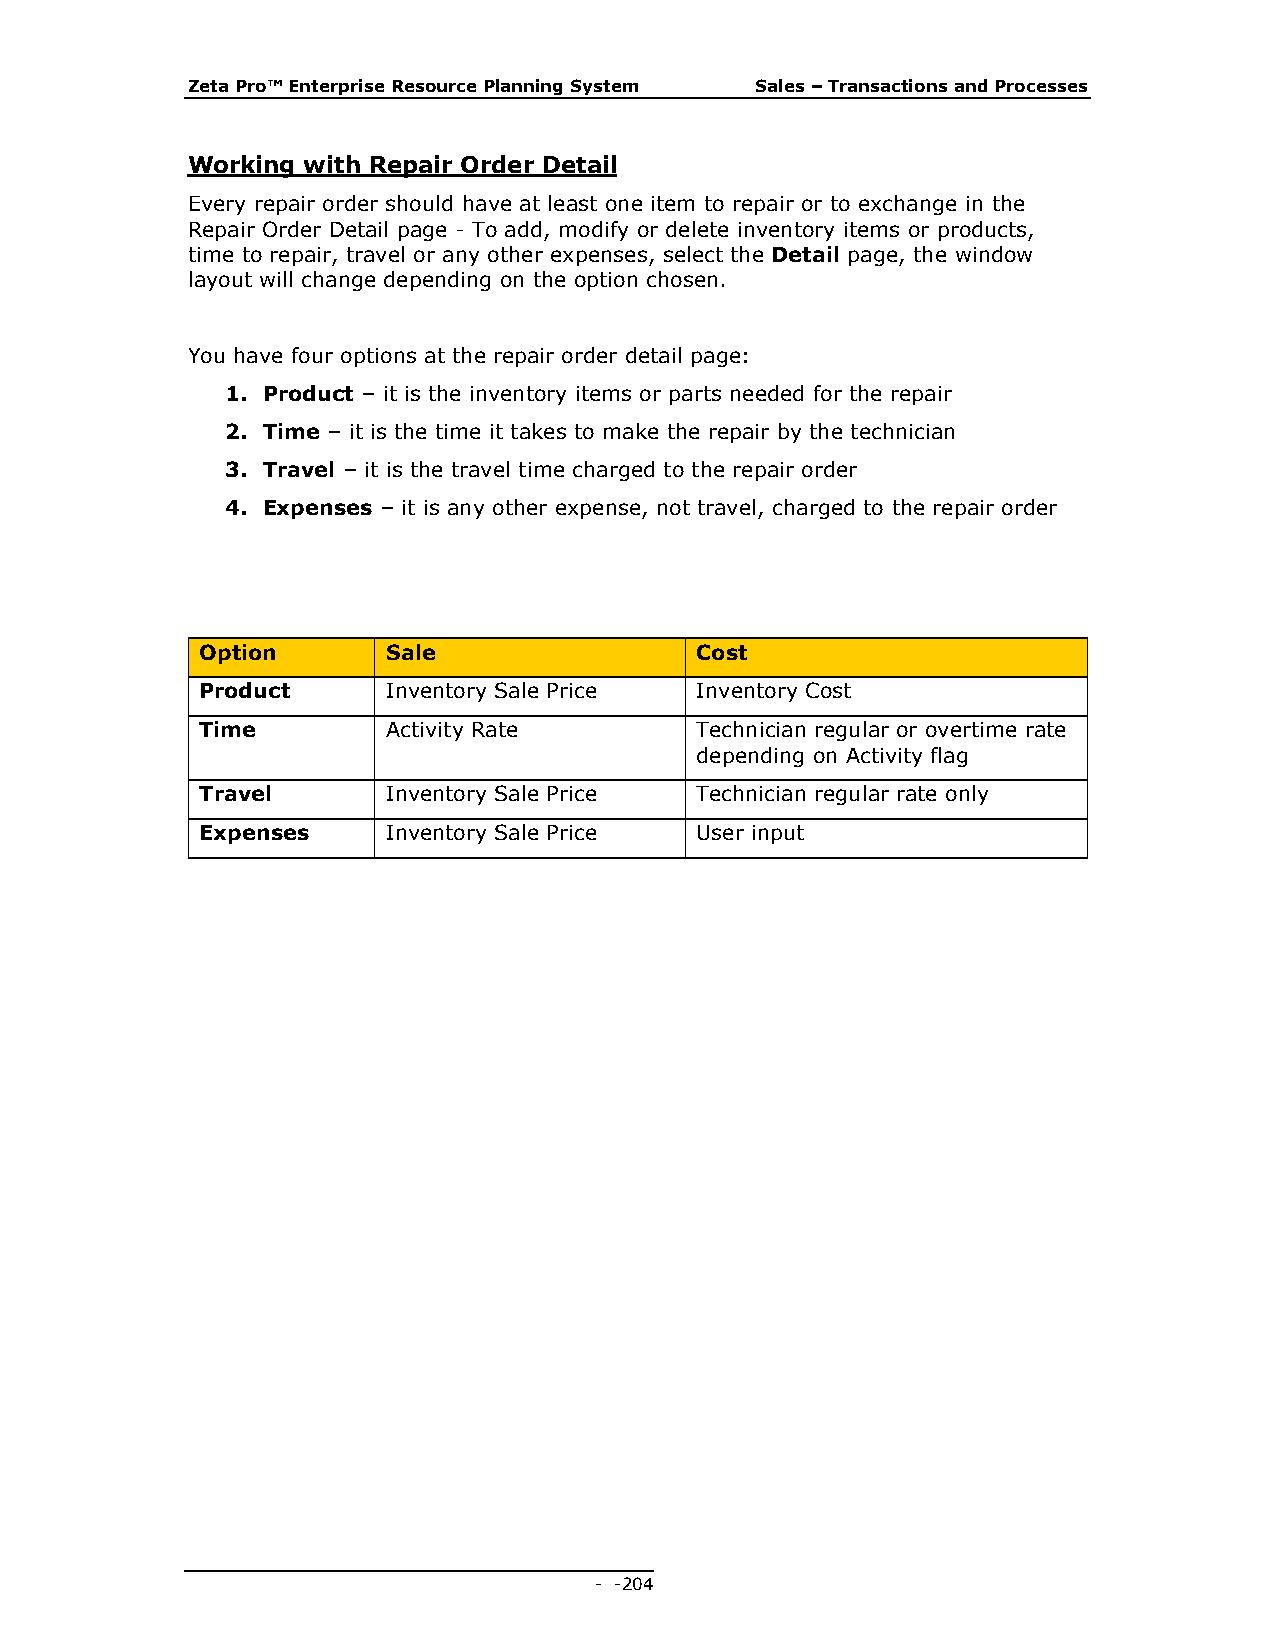
Zeta Pro™ Enterprise Resource Planning System Sales – Transactions and Processes
 Working with Repair Order Detail
 Every repair order should have at least one item to repair or to exchange in the
 Repair Order Detail page - To add, modify or delete inventory items or products,
 time to repair, travel or any other expenses, select the Detail page, the window
 layout will change depending on the option chosen.
 You have four options at the repair order detail page:
 1. Product – it is the inventory items or parts needed for the repair
 2. Time – it is the time it takes to make the repair by the technician
 3. Travel – it is the travel time charged to the repair order
 4. Expenses – it is any other expense, not travel, charged to the repair order
 Option       Sale                Cost
 Product      Inventory Sale Price Inventory Cost
 Time         Activity Rate       Technician regular or overtime rate
 depending on Activity flag
 Travel       Inventory Sale Price Technician regular rate only
 Expenses     Inventory Sale Price User input
 - - 204